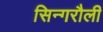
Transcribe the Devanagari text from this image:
सिन्गरौली